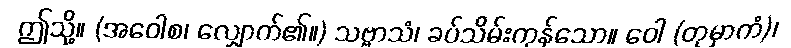
ဤသို့။ (အဝေါစ၊ လျှောက်၏။) သဗ္ဗာသံ၊ ခပ်သိမ်းကုန်သော။ ဝေါ (တုမှာကံ)၊